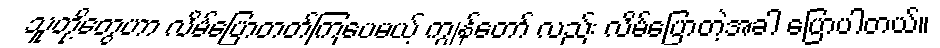
သူတို့တွေဟာ လိမ်ပြောတတ်ကြပေမယ့် ကျွန်တော် လည်း လိမ်ပြောတဲ့အခါ ပြောပါတယ်။